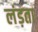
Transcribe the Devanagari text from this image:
लंड़ता